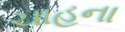
ચાહના